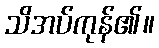
သိအပ်ကုန်၏။